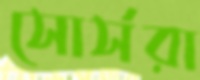
সোর্সরা